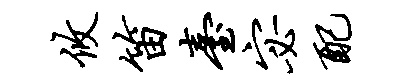
攸笛台宓配